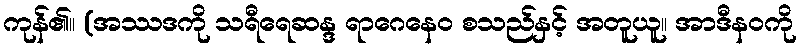
ကုန်၏။ (အဿဒကို သရီရေဆန္ဒ ရာဂေနေဝ စသည်နှင့် အတူယူ။ အာဒီနဝကို